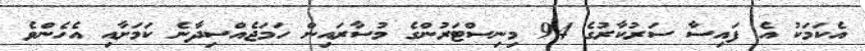
އެކަމަކު އެ ފައިސާ ސަރުކާރުގެ 94 މިނިސްޓަރުންގެ މުސާރައިން ހަމަޖެއްސިދާނެ ކަމަށާއި އެހެންވެ